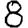
Digit: 8